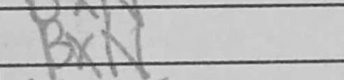
Transcription: BxN